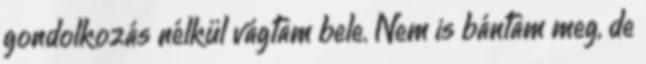
gondolkozás nélkül vágtam bele. Nem is bántam meg, de